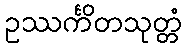
ဥဿင်္ကိတသုတ္တံ